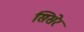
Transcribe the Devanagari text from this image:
सिसेर